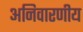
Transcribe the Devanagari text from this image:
अनिवारणीय